Indian journal of veterinary science and animal husbandry - Volumes 15-17, 1948-1951
Year: 1948
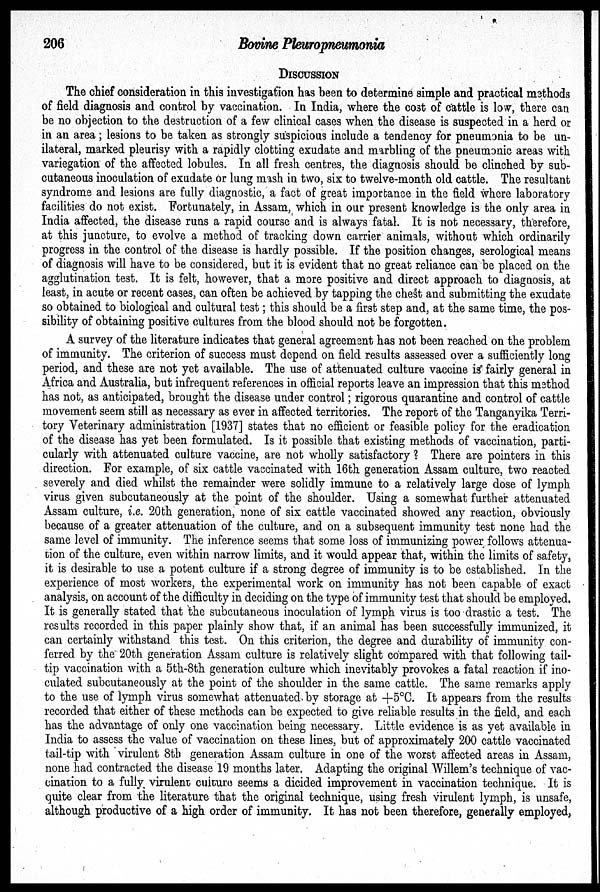
206
Bovine Pleuropneumonia
DISCUSSION
The chief consideration in this investigation has been to determine simple and practical methods
of field diagnosis and control by vaccination. In India, where the cost of cattle is low, there can
be no objection to the destruction of a few clinical cases when the disease is suspected in a herd or
in an area; lesions to be taken as strongly suspicious include a tendency for pneumonia to be un-
ilateral, marked pleurisy with a rapidly clotting exudate and marbling of the pneumonic areas with
variegation of the affected lobules. In all fresh centres, the diagnosis should be clinched by sub-
cutaneous inoculation of exudate or lung mash in two, six to twelve-month old cattle. The resultant
syndrome and lesions are fully diagnostic, a fact of great importance in the field where laboratory
facilities do not exist. Fortunately, in Assam, which in our present knowledge is the only area in
India affected, the disease runs a rapid course and is always fatal. It is not necessary, therefore,
at this juncture, to evolve a method of tracking down carrier animals, without which ordinarily
progress in the control of the disease is hardly possible. If the position changes, serological means
of diagnosis will have to be considered, but it is evident that no great reliance can be placed on the
agglutination test. It is felt, however, that a more positive and direct approach to diagnosis, at
least, in acute or recent cases, can often be achieved by tapping the chest and submitting the exudate
so obtained to biological and cultural test; this should be a first step and, at the same time, the pos-
sibility of obtaining positive cultures from the blood should not be forgotten.
A survey of the literature indicates that general agreement has not been reached on the problem
of immunity. The criterion of success must depend on field results assessed over a sufficiently long
period, and these are not yet available. The use of attenuated culture vaccine is fairly general in
Africa and Australia, but infrequent references in official reports leave an impression that this method
has not, as anticipated, brought the disease under control; rigorous quarantine and control of cattle
movement seem still as necessary as ever in affected territories. The report of the Tanganyika Terri-
tory Veterinary administration [1937] states that no efficient or feasible policy for the eradication
of the disease has yet been formulated. Is it possible that existing methods of vaccination, parti-
cularly with attenuated culture vaccine, are not wholly satisfactory ? There are pointers in this
direction. For example, of six cattle vaccinated with 16th generation Assam culture, two reacted
severely and died whilst the remainder were solidly immune to a relatively large dose of lymph
virus given subcutaneously at the point of the shoulder. Using a somewhat further attenuated
Assam culture, i.e. 20th generation, none of six cattle vaccinated showed any reaction, obviously
because of a greater attenuation of the culture, and on a subsequent immunity test none had the
same level of immunity. The inference seems that some loss of immunizing power follows attenua-
tion of the culture, even within narrow limits, and it would appear that, within the limits of safety,
it is desirable to use a potent culture if a strong degree of immunity is to be established. In the
experience of most workers, the experimental work on immunity has not been capable of exact
analysis, on account of the difficulty in deciding on the type of immunity test that should be employed.
It is generally stated that the subcutaneous inoculation of lymph virus is too drastic a test. The
results recorded in this paper plainly show that, if an animal has been successfully immunized, it
can certainly withstand this test. On this criterion, the degree and durability of immunity con-
ferred by the 20th generation Assam culture is relatively slight compared with that following tail-
tip vaccination with a 5th-8th generation culture which inevitably provokes a fatal reaction if ino-
culated subcutaneously at the point of the shoulder in the same cattle. The same remarks apply
to the use of lymph virus somewhat attenuated by storage at +5ºC. It appears from the results
recorded that either of these methods can be expected to give reliable results in the field, and each
has the advantage of only one vaccination being necessary. Little evidence is as yet available in
India to assess the value of vaccination on these lines, but of approximately 200 cattle vaccinated
tail-tip with virulent 8th generation Assam culture in one of the worst affected areas in Assam,
none had contracted the disease 19 months later. Adapting the original Willem's technique of vac-
cination to a fully virulent culture seems a dicided improvement in vaccination technique. It is
quite clear from the literature that the original technique, using fresh virulent lymph, is unsafe,
although productive of a high order of immunity. It has not been therefore, generally employed,